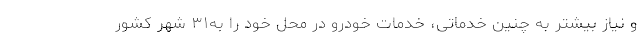
و نیاز بیشتر به چنین خدماتی، خدمات خودرو در محل خود را به‌۳۱ شهر کشور